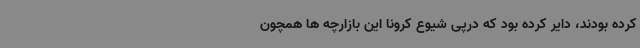
کرده بودند، دایر کرده بود که درپی شیوع کرونا این بازارچه ها همچون